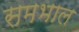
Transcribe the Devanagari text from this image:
समभाल